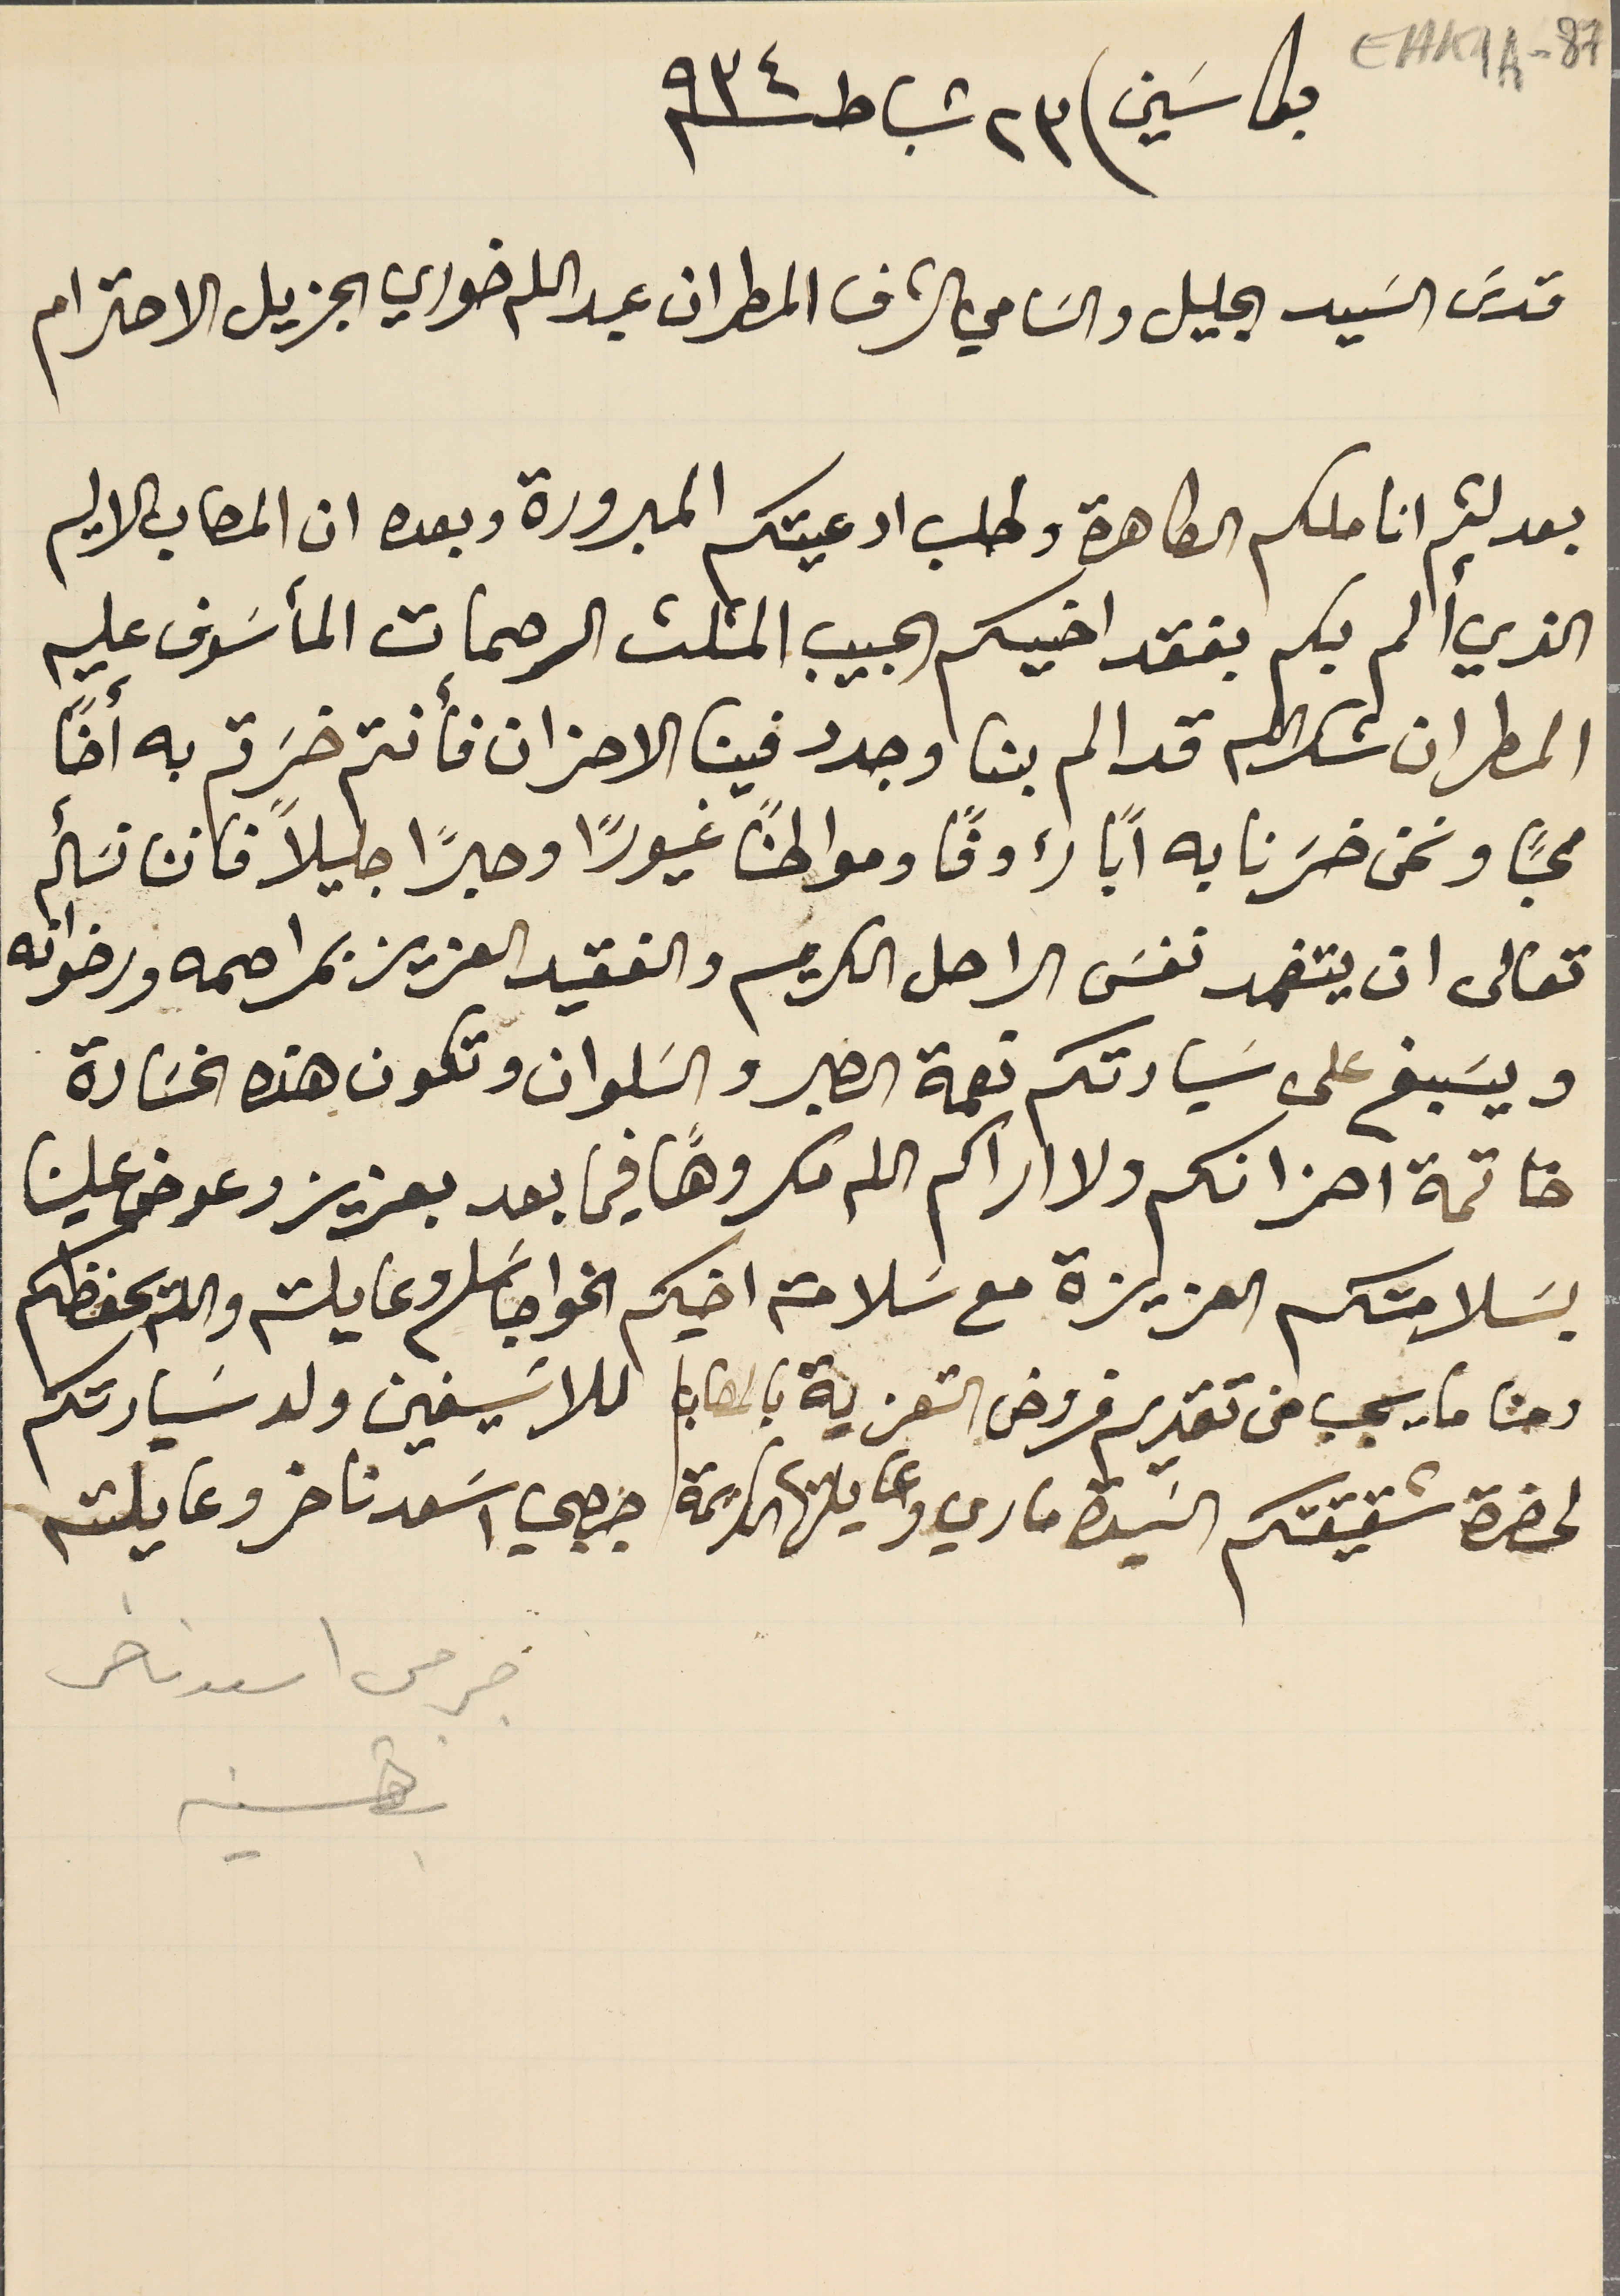
EAK1A-87
 بكاسَين فى ٢٣ شباط سنة ٩٣٤
قدسَ السَيد الجليل والسَامي الشرف المطران عبد الله خوري الجزيل الاحترام
بعد لثم اناملكم الطاهرة وطلب ادعيتكم المبرورة وبعده ان المصاب الاليم
الذي ألم بكم بفقد اخيكم الحبيب المثلث الرحمات المأسَوف عليه
المطران شكرالله قد الم بنا وجدد فينا الاحزان فأنتم خسَرتم به أخاً
محباً ونحن خسَرنا به اباً رءوفًا ومواطنًا غيورًا وحبرًا جليلاً فاننا نسَأله
تعالى ان يتغمد نفسَ الراحل الكريم والفقيد العزيز بمراحمه ورضوانه
ويسَبغ على سَيادتكم نعمة الصبر والسَلوان وتكون هذه الخسَارة
خاتمة احزانكم ولا اراكم الله مكروهًا فيما بعد بعزيز وعوض علينا
بسَلامتكم العزيزة مع سَلامة اخيكم الخواجا سَلىم وعايلته والله يحفظكم
ومنا ما يجب من تقديم فروض التعزية بالمصاب للاسَيفين ولد سَيادتكم
لحضرة شقيقتكم السَيدة ماري وعايلتها الكريمة جرجي اسَعد ناضر وعايلته
جرجس اسعد ناضر
بقسنيه